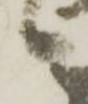
候